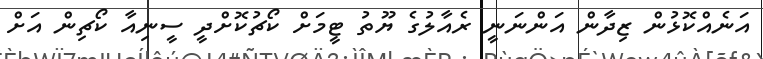
އަނެއްކޮޅުން ޒިދާން އަންނަނީ ރެއާލުގެ ޔޫތު ޓީމަށް ކޯޗުކޮށްދީ ސީނިއާ ކޯޗިން އަށް